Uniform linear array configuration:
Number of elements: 12
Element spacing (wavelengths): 1
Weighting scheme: kaiser
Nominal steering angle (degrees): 45
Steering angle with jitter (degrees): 46.676
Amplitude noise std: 0.05
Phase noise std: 0.05

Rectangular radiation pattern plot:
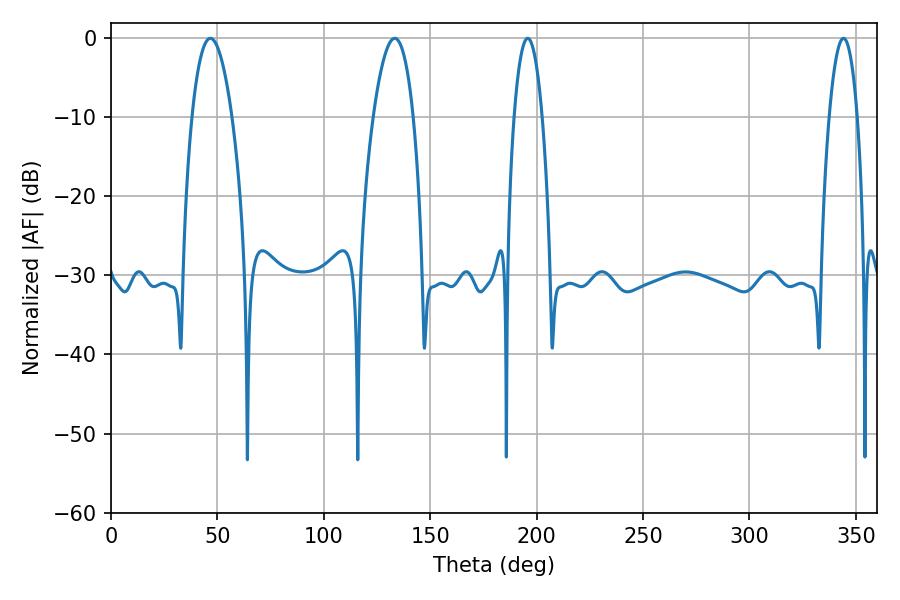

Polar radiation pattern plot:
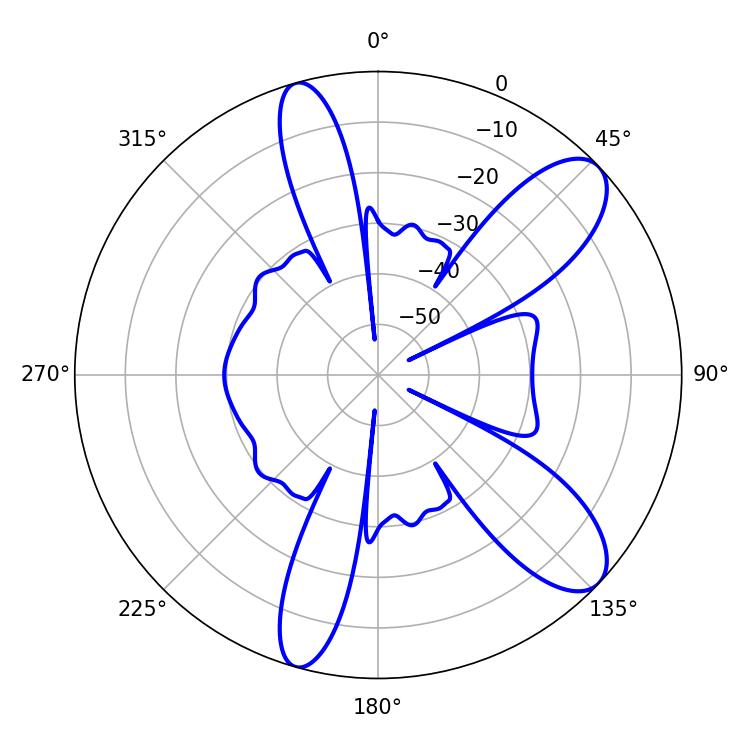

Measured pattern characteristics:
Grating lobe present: TRUE
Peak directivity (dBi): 9.817
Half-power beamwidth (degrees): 7.2
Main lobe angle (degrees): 195.84